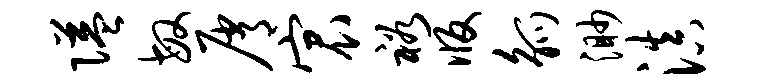
隘敏屑宸裕版觚渺滇